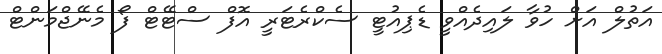
އަތުލް އަށް ހުވާ ލައިދެއްވީ ޑެޕިއުޓީ ސެކްރެޓަރީ އޮފް ސްޓޭޓް ފޯ މެނޭޖްމަންޓް